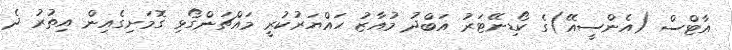
އާޓްސް (އެންސީއޭ)ގެ ކޯޑިނޭޓަރު އަބްދު މުއާޒު ހައްޔަރުކުރީ މައްޗަންގޯޅި ގޮމަށިގެއިން އިތުރު ދެ